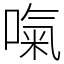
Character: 𠺪